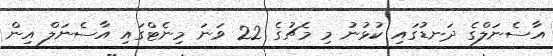
އާސެނަލްގެ ދަނޑުގައި ކުޅުނު މި މެޗުގެ 22 ވަނަ މިނެޓްގައި އާސެނަލް އިން